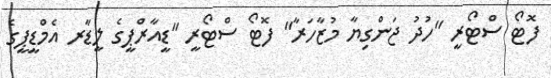
ފޮޓޯ ސްޓޯރީ "ހުދު ޖަންގިޔާ މުޒާހަރާ" ފޮޓޯ ސްޓޯރީ "ޑީއާރްޕީގެ ލީޑާރ އެމްޑީޕީގެ